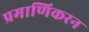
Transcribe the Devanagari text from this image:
प्रमाणिकरन